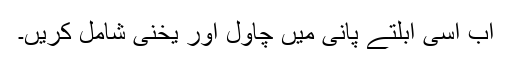
اب اُسی اُبلتے پانی میں چاول اور یخنی شامل کریں۔